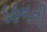
દહનની